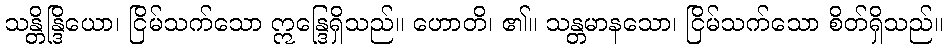
သန္တိန္ဒြိယော၊ ငြိမ်သက်သော ဣန္ဒြေရှိသည်။ ဟောတိ၊ ၏။ သန္တမာနသော၊ ငြိမ်သက်သော စိတ်ရှိသည်။